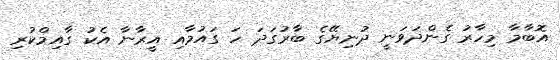
އޮބާމާ މިހާރު ގެންދަވަނީ ދުނިޔޭގެ ބާރުގަދަ ހަ ގައުމާއި އީރާނާ އެކު ގާއިމްކުރި